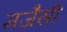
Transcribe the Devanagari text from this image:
मजैसी